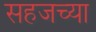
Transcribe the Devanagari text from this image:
सहजच्या